Lunatic asylums Central Provinces reports 1874-1885 - 1874-1885
Year: 1874
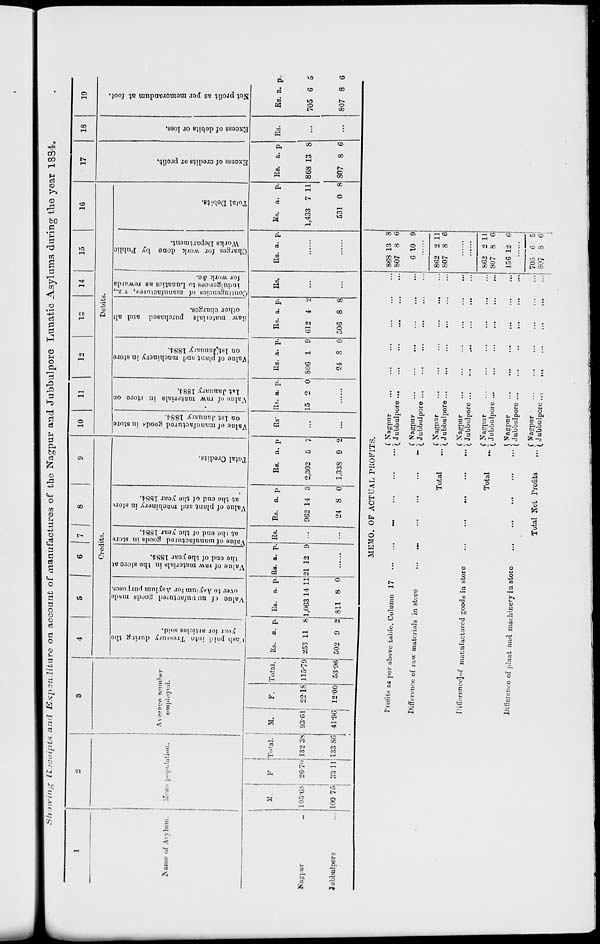
Showing Receipts and Expenditure
on account of manufactures of the Nagpur and Jubbulpore Lunatic Asylums during the year 1884.
1
Name of
Asylum.
Nagpur ...
Jubbulpore ...
2
Mean
population.
M.
105.68
100.75
F.
26.70
33.11
Total.
132.38
133.86
3
Average number
employed.
M.
93.61
41.96
F.
22.18
12.00
Total.
115.79
53.96
4
5
6
7
8
9
Credits.
Cash
paid
into Treasury during the
year for articles sold.
Rs.
253
502
a.
11
9
p.
8
2
Value of manufactured goods made
over to Asylum for Asylum purposes.
Rs.
1,063
811
a.
14
8
p.
11
0
Value of raw materials in the store at
the end of the year 1884.
Rs.
21
a.
12
p.
9
......
value of manufactured goods in store
at the end of the year 1884.
Rs.
...
...
Value of plant and machinery in stort
at the end of the year 1884.
Rs.
962
24
a.
14
8
p.
3
0
Total Credits.
Rs.
2,302
1,338
a.
5
9
p.
7
2
10
11
12
13
14
15
16
Debits.
Value of manufactured goods in store
on 1st January 1884.
Rs.
...
...
Value of raw materials in store on
1st January 1884.
Rs.
15
a.
2
p.
0
......
Value of plant and machinery in store
on lst January 1884.
Rs.
806
24
a.
1
8
p.
9
0
Raw
materials purchased and all
other charges.
Rs.
612
506
a.
4
8
p.
2
8
Contingencies of manufacturer, viz.,
indulgences to Lunatics as rewards
for work &c.
Rs.
...
...
Charges for work done by Public
Works Department.
Rs. a. p.
......
......
Total Debits.
Rs.
1,433
531
a.
7
0
p.
11
8
17
Excess of credits or profit.
Rs.
868
807
a.
13
8
p.
8
6
18
Excess of debits or loss.
Rs.
...
...
19
Net profit as per memorandum at foot.
Rs.
705
807
a.
6
8
p.
5
6
MEMO. OF ACTUAL PROFITS.
Profits as per above table. Column 17
...
...
...
...
...
...
Difference of raw materials in store ... ... ... ... ... ...
Total ...
Difference of manufactured goods in store ... ... ... ... ...
Total ...
Difference of plant and machinery in store
...
...
...
...
...
Total Net Profits ...
Nagpur ... ... ... ... ... ...
Jubbulpore
...
...
...
...
...
...
Nagpur ... ... ... ... ... ...
Jubbulpore
...
...
...
...
...
...
Nagpur ... ... ... ... ... ...
Jubbulpore
...
...
...
...
...
...
Nagpur ... ... ... ... ... ...
Jubbulpore ... ... ... ... ... ...
Nagpur ... ... ... ... ... ...
Jubbulpore ... ... ... ... ... ...
Nagpur ... ... ... ... ... ...
Jubbulpore ... ... ... ... ... ...
Nagpur ... ... ... ... ... ...
Jubbulpore
...
...
...
...
...
...
868
807
6
13
8
10
8
6
9
......
862
807
2
8
11
6
......
......
862
807
156
2
8
12
11
6
6
......
705
807
6
8
5
6